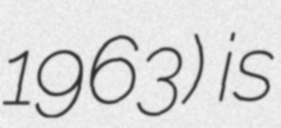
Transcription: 1963) is